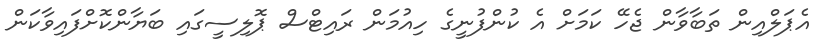
އެޕަލްއިން ތަބާވާން ޖެހޭ ކަމަށް އެ ކުންފުނީގެ ހިއުމަން ރައިޓްސް ޕޮލިސީގައި ބަޔާންކޮށްފައިވާކަން